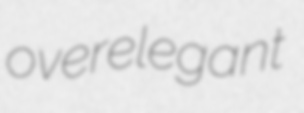
overelegant